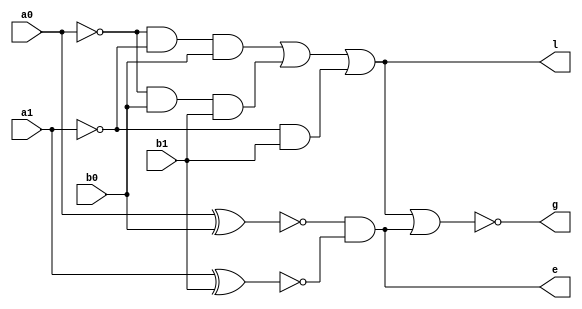
module comp2b (l,g,e,a0,a1,b0,b1);
input a0,a1,b0,b1;
output l,g,e;
wire w1,w2,w3,w4,w5,w6,w7,w8,w9,w10;

//equal
xor X1 (w1,a0,b0);
not N1 (w2,w1);
xor X2 (w3,a1,b1);
not N2 (w4,w3);
and A1 (e,w2,w4);

//less
not N3 (w5,a0);
not N4 (w6,a1);
and A2 (w7,w5,w6,b0);
and A3 (w8,w5,b0,b1);
and A4 (w9,w6,b1);
or  O1 (l,w7,w8,w9);

//greater
nor R1 (g,l,e);

endmodule